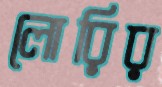
লোরির